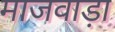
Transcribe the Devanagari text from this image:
माजवाड़ा